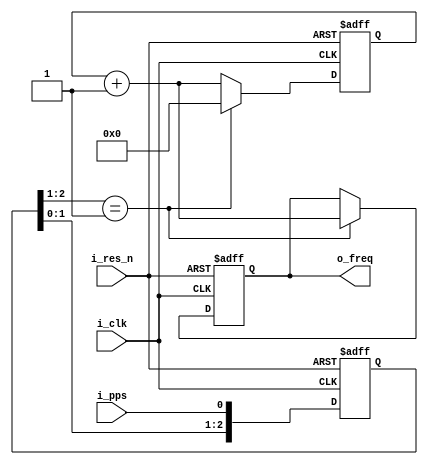
module freq_counter (
    input   wire            i_clk,      // 100MHz
    input   wire            i_res_n,
    input   wire            i_pps,      // 1PPS signal from GPS
    output  wire    [27:0]  o_freq
    );


    // sync
    reg [2:0]   r_sync_ff;
    wire        w_pps_posedge = (r_sync_ff[2:1] == 2'b01);
    always @(posedge i_clk or negedge i_res_n) begin
        if (~i_res_n) begin
            r_sync_ff[2:0] <= 3'b000;
        end else begin
            r_sync_ff[2:0] <= {r_sync_ff[1:0], i_pps};
        end
    end


    reg [27:0]  r_cnt_100m;
    reg [27:0]  r_freq;
    always @(posedge i_clk or negedge i_res_n) begin
        if (~i_res_n) begin
            r_cnt_100m[27:0] <= 28'd0;
            r_freq[27:0] <= 28'd0;
        end else if (w_pps_posedge) begin
            r_cnt_100m[27:0] <= 28'd0;
            r_freq[27:0] <= r_cnt_100m[27:0] + 28'd1;
        end else begin
            r_cnt_100m[27:0] <= r_cnt_100m[27:0] + 28'd1;
        end
    end


    // phase_meas  o_ph_en 
    // 100MHz -> 50MHz 
    assign o_freq[27:0] = r_freq[27:0];

endmodule